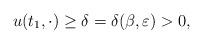
LaTeX: \begin{align*}u(t_1,\cdot) \geq \delta = \delta(\beta,\varepsilon) > 0,\end{align*}